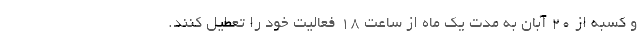
و کسبه از ۲۰ آبان به مدت یک ماه از ساعت ۱۸ فعالیت خود را تعطیل کنند.